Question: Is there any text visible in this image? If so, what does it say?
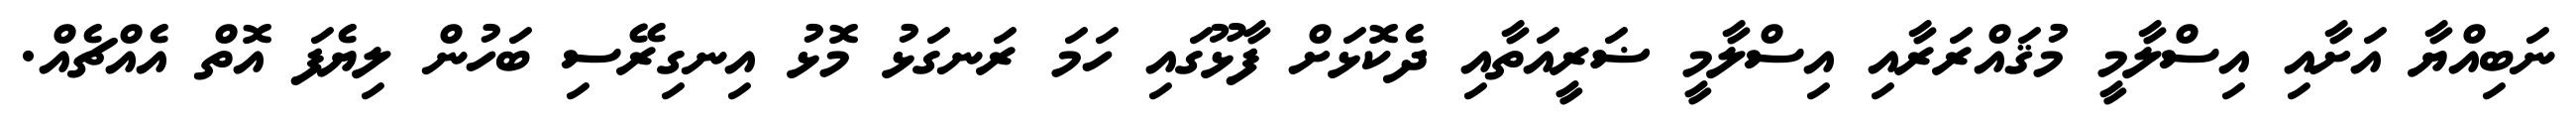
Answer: ނަބިއްޔާ އަށާއި އިސްލާމީ މުޤައްރަރާއި އިސްލާމީ ޟަރީއަތާއި ދެކޮޅަށް ފާޅޫގައި ހަމަ ރަނގަޅު މޮޅު އިނގިރޭސި ބަހުން ލިޔެފަ އޮތް އެއްޗެއް.